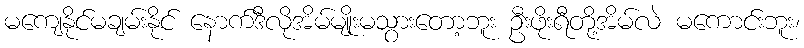
မကျေနိုင်မချမ်းနိုင် နောက်ဒီလိုအိမ်မျိုးမသွားတော့ဘူး ဦးဖိုးရီတို့အိမ်လဲ မကောင်းဘူး၊